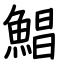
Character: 鯧